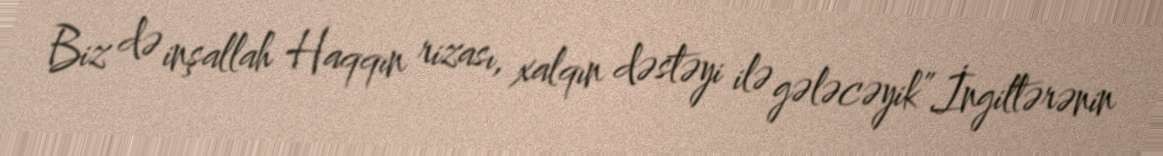
Biz də inşallah Haqqın rizası, xalqın dəstəyi ilə gələcəyik”.İngiltərənin